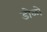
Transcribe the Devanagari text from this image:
डोळो